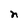
Character: n